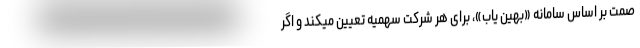
صمت بر اساس سامانه «بهین یاب»، برای هر شرکت سهمیه تعیین میکند و اگر